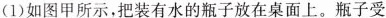
(1)如图甲所示，把装有水的瓶子放在桌面上。瓶子受